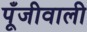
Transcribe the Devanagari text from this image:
पूँजीवाली